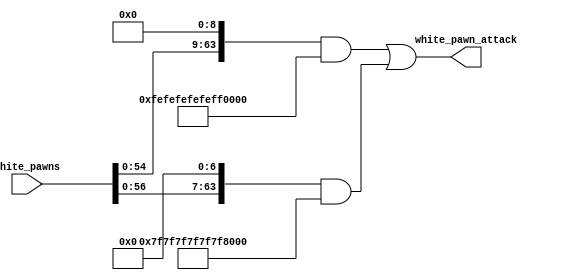
module White_Pawn_Attack(
    //inputs
    white_pawns,
    //outputs
    white_pawn_attack);

input [63:0] white_pawns;
output reg [63:0] white_pawn_attack;

always @* begin
    white_pawn_attack = ((white_pawns << 9) & 64'hfefefefefefefefe) | ((white_pawns << 7) & 64'h7f7f7f7f7f7f7f7f);
end

endmodule